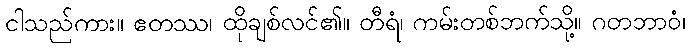
ငါသည်ကား။ ဧတဿ၊ ထိုချစ်လင်၏။ တီရံ၊ ကမ်းတစ်ဘက်သို့။ ဂတဘာဝံ၊